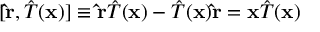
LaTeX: [ \mathbf { \hat { r } } , { \hat { T } } ( \mathbf { x } ) ] \equiv \mathbf { \hat { r } } { \hat { T } } ( \mathbf { x } ) - { \hat { T } } ( \mathbf { x } ) \mathbf { \hat { r } } = \mathbf { x } { \hat { T } } ( \mathbf { x } )